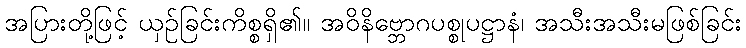
အပြားတို့ဖြင့် ယှဉ်ခြင်းကိစ္စရှိ၏။ အဝိနိဗ္ဘောဂပစ္စုပဋ္ဌာနံ၊ အသီးအသီးမဖြစ်ခြင်း